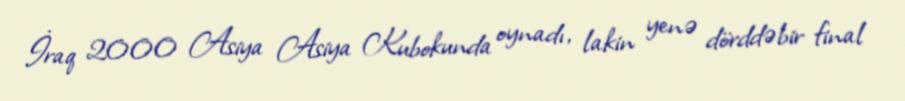
İraq 2000 Asiya Asiya Kubokunda oynadı, lakin yenə dörddəbir final